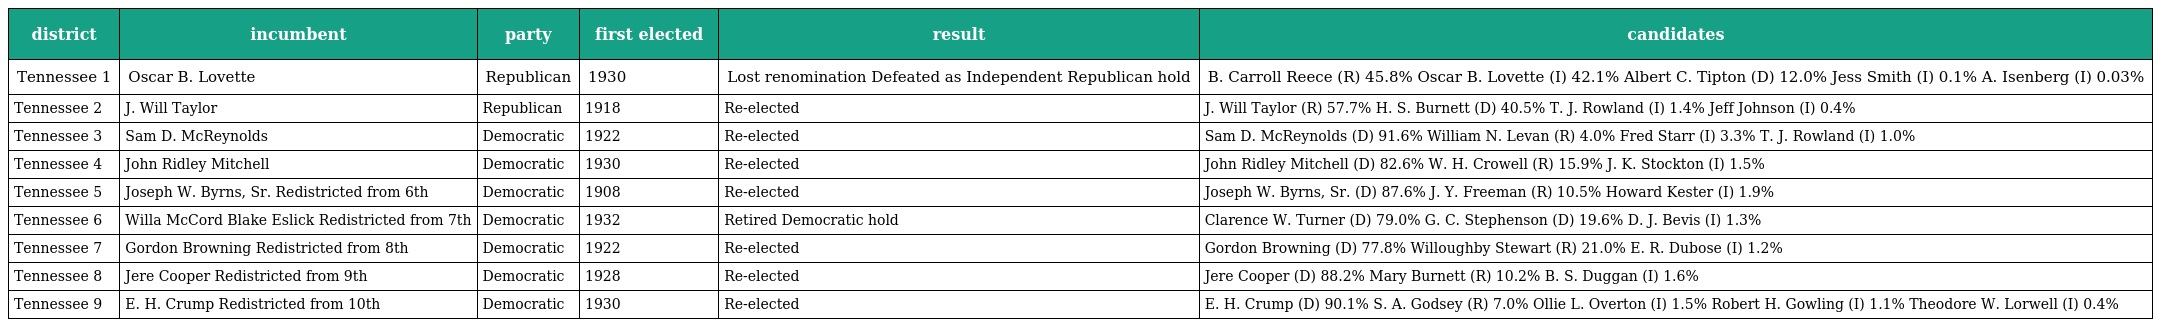
| district | incumbent | party | first elected | result | candidates |
 | --- | --- | --- | --- | --- | --- |
 | Tennessee 1 | Oscar B. Lovette | Republican | 1930 | Lost renomination Defeated as Independent Republican hold | B. Carroll Reece (R) 45.8% Oscar B. Lovette (I) 42.1% Albert C. Tipton (D) 12.0% Jess Smith (I) 0.1% A. Isenberg (I) 0.03% |
 | Tennessee 2 | J. Will Taylor | Republican | 1918 | Re-elected | J. Will Taylor (R) 57.7% H. S. Burnett (D) 40.5% T. J. Rowland (I) 1.4% Jeff Johnson (I) 0.4% |
 | Tennessee 3 | Sam D. McReynolds | Democratic | 1922 | Re-elected | Sam D. McReynolds (D) 91.6% William N. Levan (R) 4.0% Fred Starr (I) 3.3% T. J. Rowland (I) 1.0% |
 | Tennessee 4 | John Ridley Mitchell | Democratic | 1930 | Re-elected | John Ridley Mitchell (D) 82.6% W. H. Crowell (R) 15.9% J. K. Stockton (I) 1.5% |
 | Tennessee 5 | Joseph W. Byrns, Sr. Redistricted from 6th | Democratic | 1908 | Re-elected | Joseph W. Byrns, Sr. (D) 87.6% J. Y. Freeman (R) 10.5% Howard Kester (I) 1.9% |
 | Tennessee 6 | Willa McCord Blake Eslick Redistricted from 7th | Democratic | 1932 | Retired Democratic hold | Clarence W. Turner (D) 79.0% G. C. Stephenson (D) 19.6% D. J. Bevis (I) 1.3% |
 | Tennessee 7 | Gordon Browning Redistricted from 8th | Democratic | 1922 | Re-elected | Gordon Browning (D) 77.8% Willoughby Stewart (R) 21.0% E. R. Dubose (I) 1.2% |
 | Tennessee 8 | Jere Cooper Redistricted from 9th | Democratic | 1928 | Re-elected | Jere Cooper (D) 88.2% Mary Burnett (R) 10.2% B. S. Duggan (I) 1.6% |
 | Tennessee 9 | E. H. Crump Redistricted from 10th | Democratic | 1930 | Re-elected | E. H. Crump (D) 90.1% S. A. Godsey (R) 7.0% Ollie L. Overton (I) 1.5% Robert H. Gowling (I) 1.1% Theodore W. Lorwell (I) 0.4% |